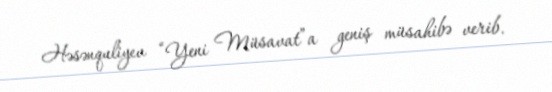
Həsənquliyev “Yeni Müsavat”a geniş müsahibə verib.